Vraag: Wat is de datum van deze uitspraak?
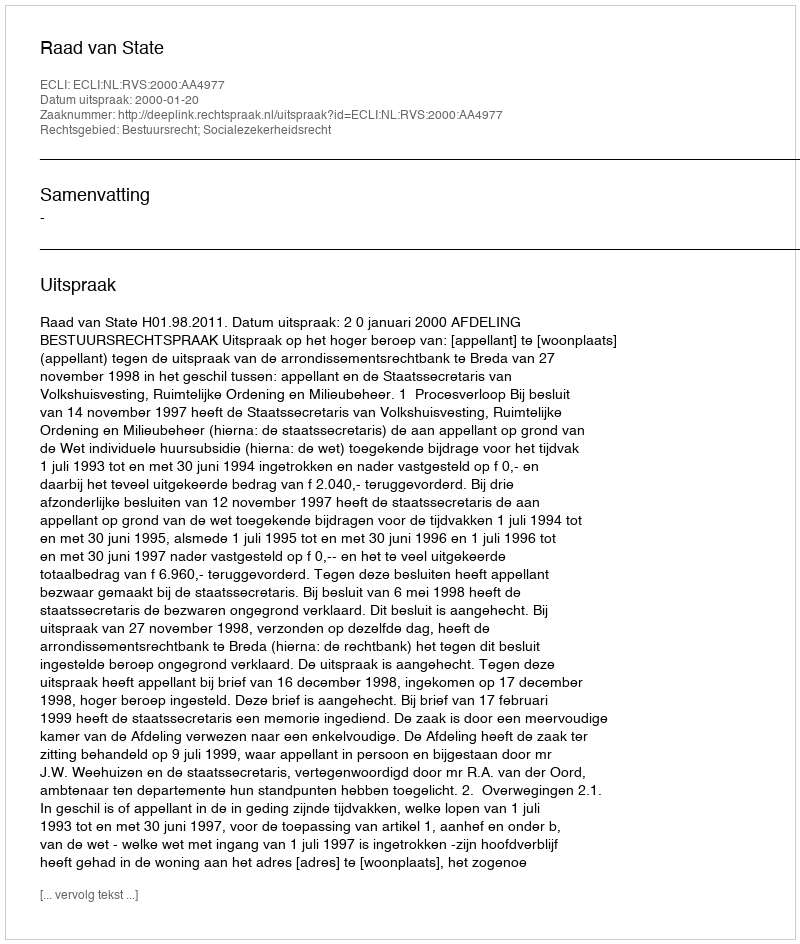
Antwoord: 2000-01-20